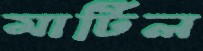
মার্টিল